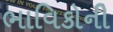
ભાવિકોની